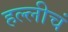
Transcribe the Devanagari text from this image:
हल्लीचं